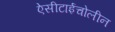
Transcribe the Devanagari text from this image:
ऐसीटाईचोलीन